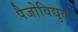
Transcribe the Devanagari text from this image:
पैजोविद्युत